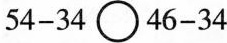
$$5 4 - 3 4 \circ 4 6 - 3 4$$